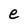
Character: e